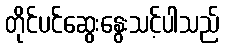
တိုင်ပင်ဆွေးနွေးသင့်ပါသည်